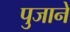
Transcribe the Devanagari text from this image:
पुजाने